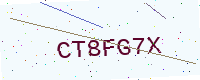
Text: CT8FG7X